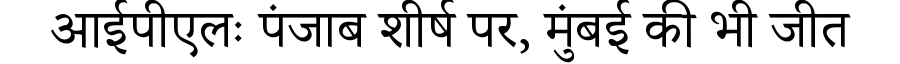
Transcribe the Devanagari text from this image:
आईपीएलः पंजाब शीर्ष पर, मुंबई की भी जीत